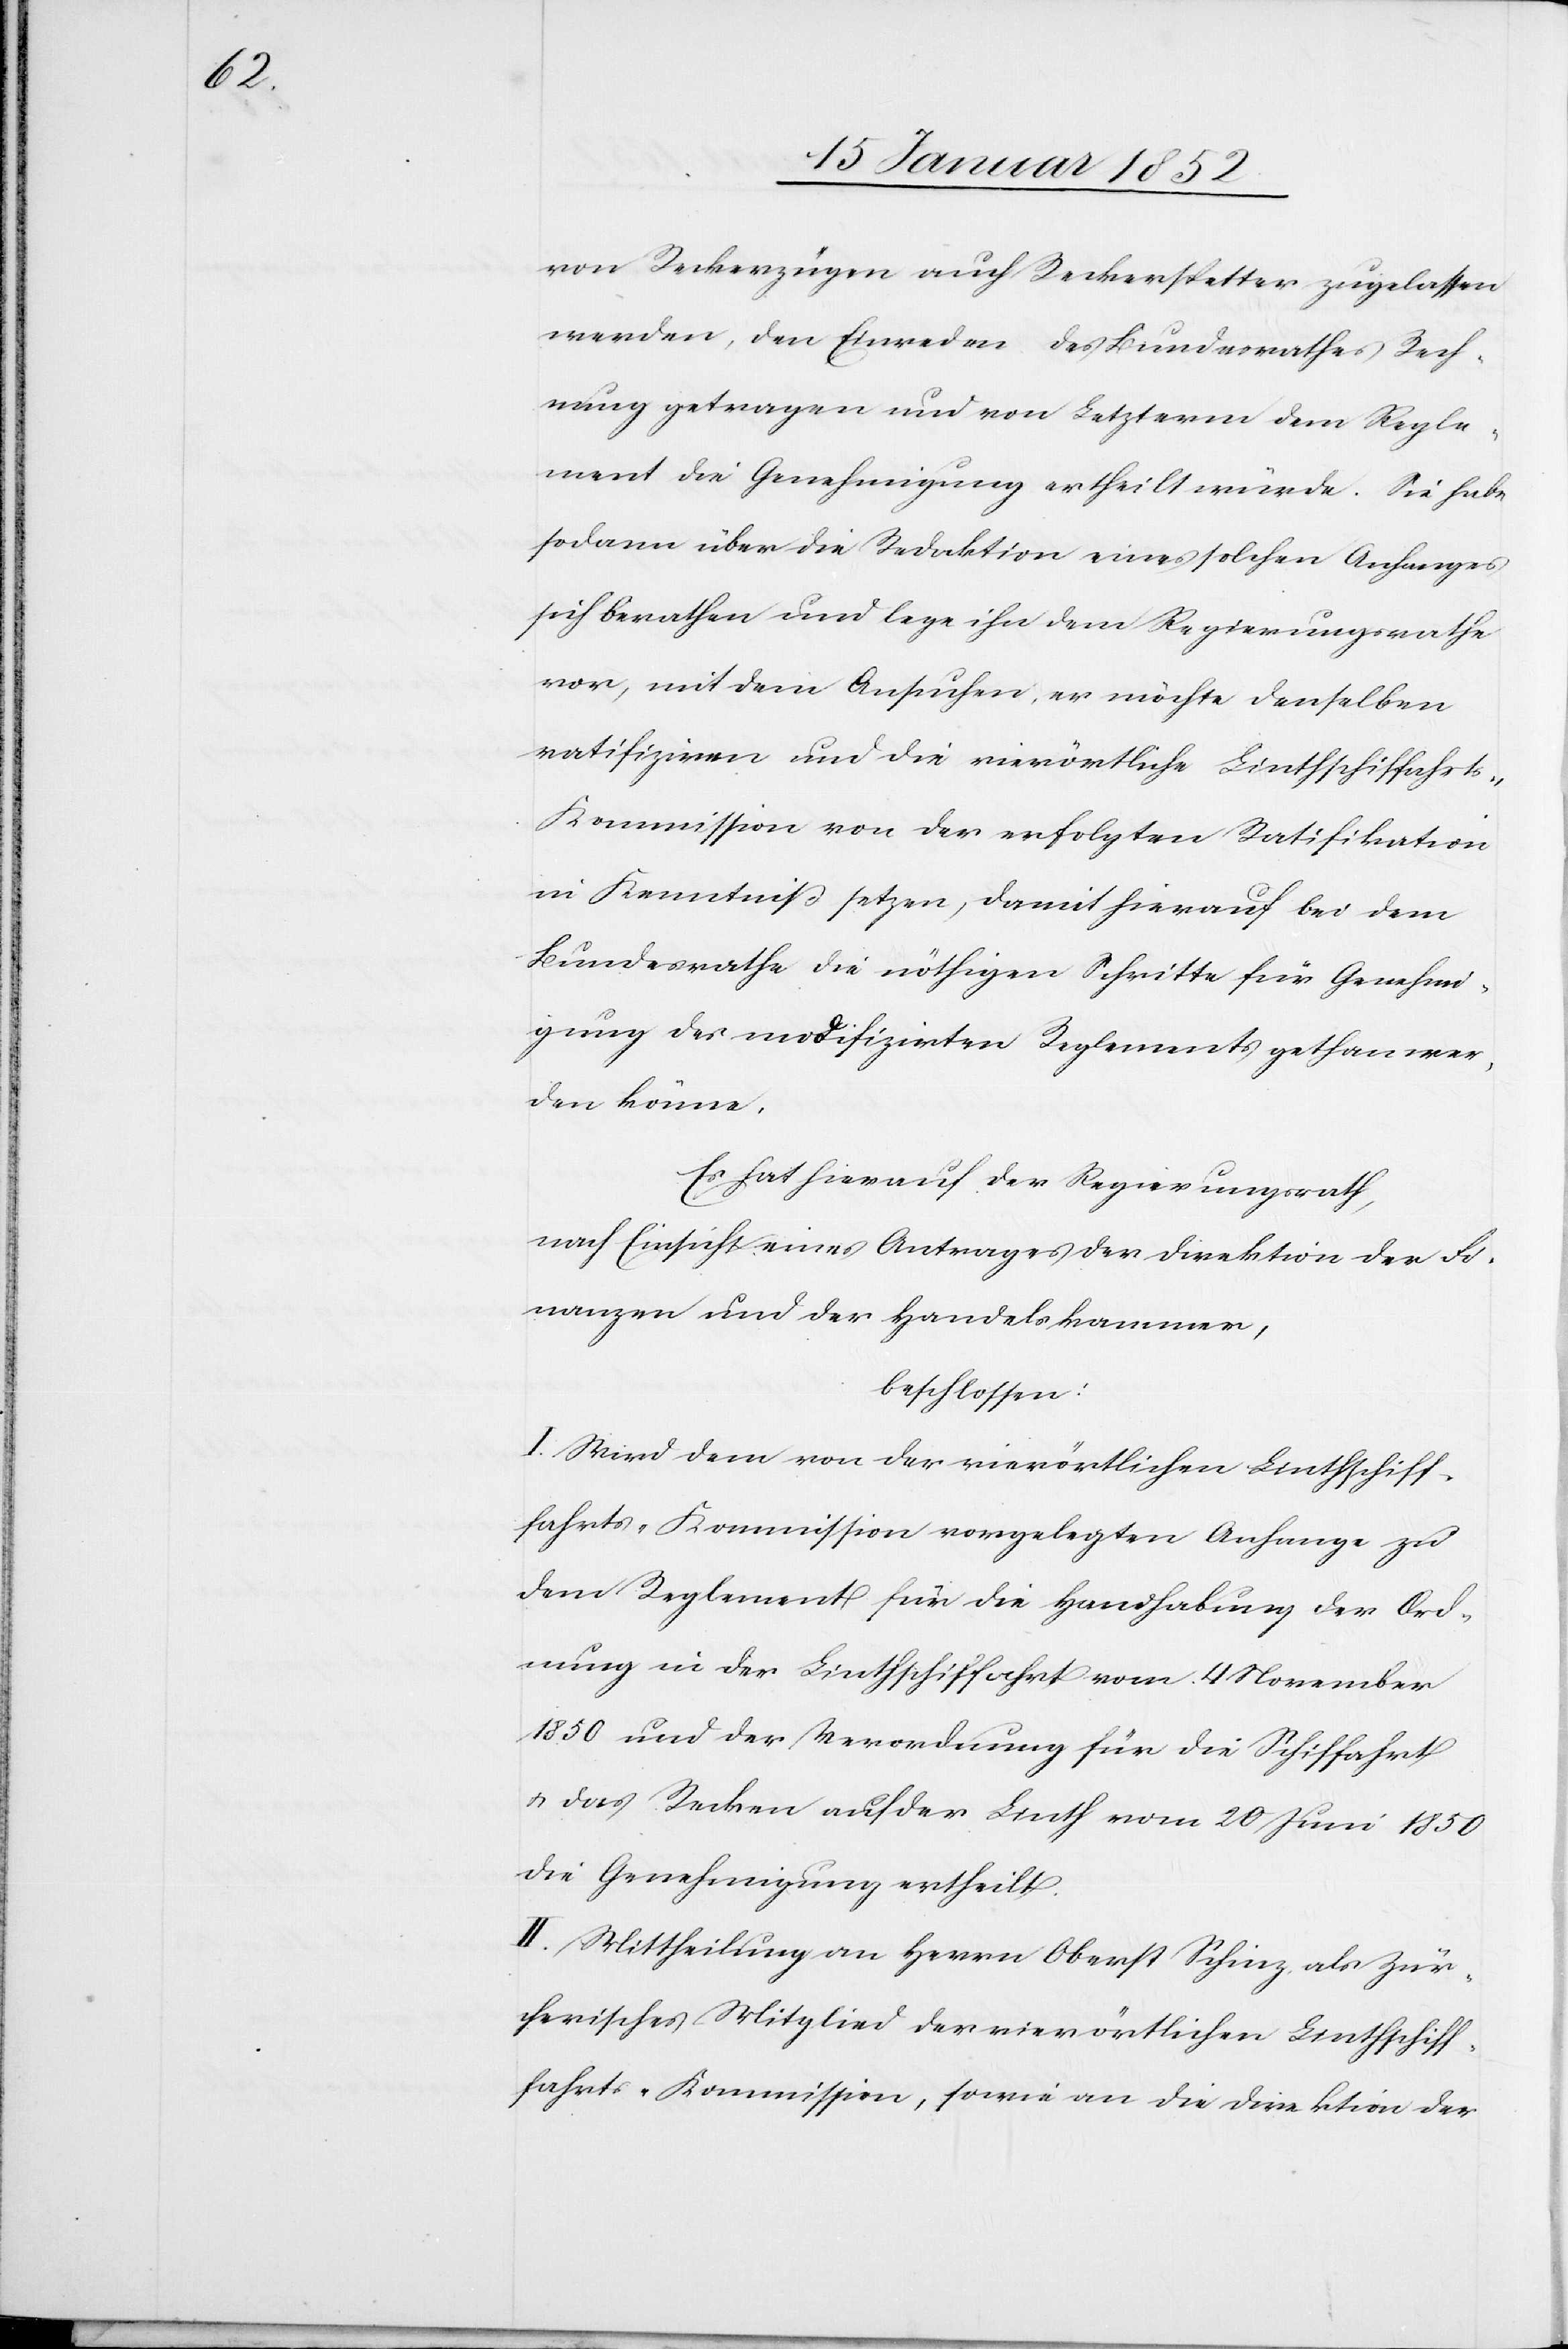
von Reckerzügen auch Reckerspetter zugelassen
werden, den Einreden des Bundesrathes Rech¬
nung getragen und von Letzterm dem Regle¬
ment die Genehmigung ertheilt würde. Sie habe
sodann über die Redaktion eines solchen Anhanges
sich berathen und lege ihn dem Regierungsrathe
vor, mit dem Ansuchen, er möchte denselben
ratifiziren und die vierörtliche Linthschiffahrt¬
s-Kommission von der erfolgten Ratifikation
in Kenntniß setzen, damit hierauf bei dem
Bundesrathe die nöthigen Schritte für Genehmi¬
gung des modifizirten Reglements gethan wer¬
den könne.
Es hat hierauf der Regierungsrath,
nach Einsicht eines Antrages der Direktion der Fi¬
nanzen und der Handelskammer,
beschlossen:
I. Wird dem von der vierörtlichen Linthschiff¬
ahrts-Kommission vorgelegten Anhange zu
dem Reglement für die Handhabung der Ord¬
nung in der Linthschiffahrt vom 4 November
1850 und der Verordnung für die Schiffahrt
u. das Recken auf der Linth vom 20 Juni 1850
die Genehmigung ertheilt.
II. Mittheilung an Herrn Oberst Schinz als Zür¬
cherisches Mitglied der vierörtlichen Linthschif¬
fahrts-Kommission, sowie an die Direktion der